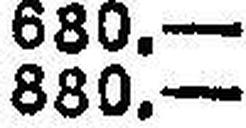
880.—